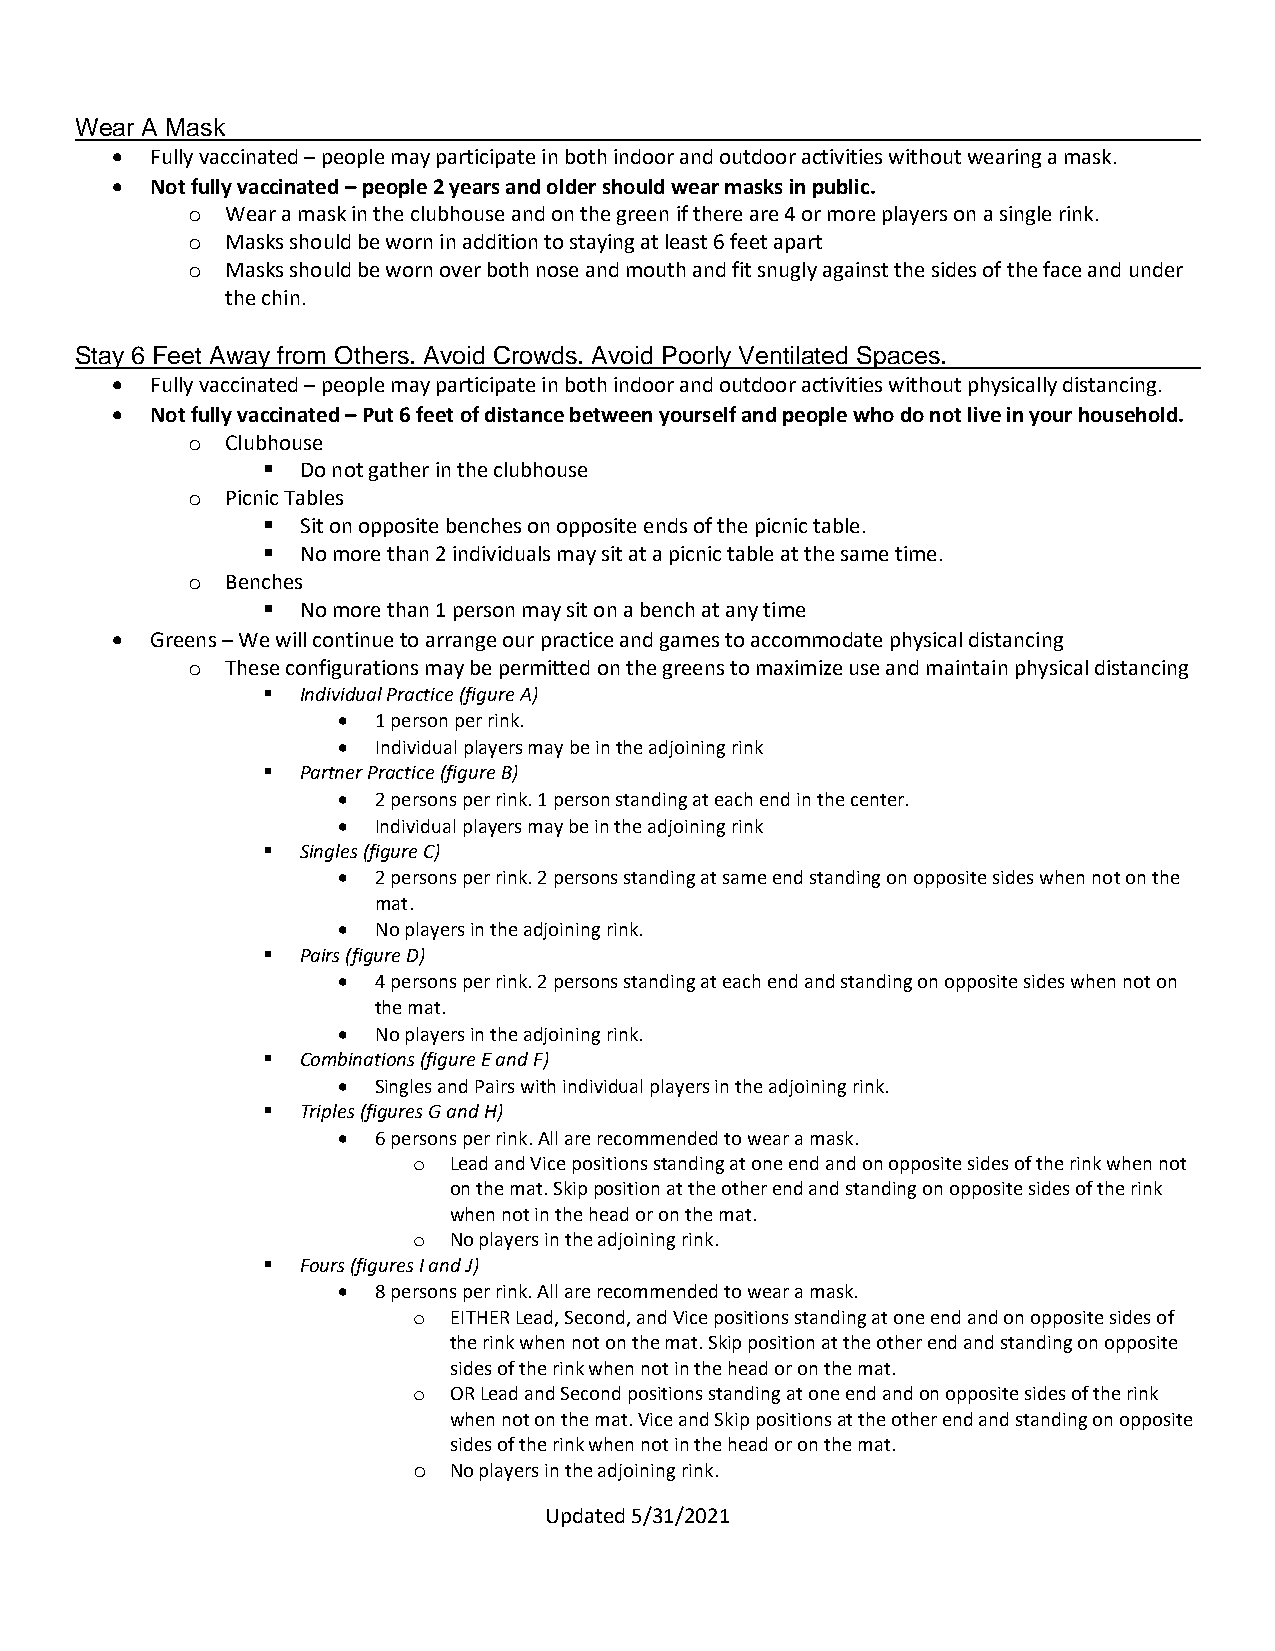
Wear A Mask
 •  Fully vaccinated – people may participate in both indoor and outdoor activities without wearing a mask.
 •  Not fully vaccinated – people 2 years and older should wear masks in public.
 o  Wear a mask in the clubhouse and on the green if there are 4 or more players on a single rink.
 o  Masks should be worn in addition to staying at least 6 feet apart
 o  Masks should be worn over both nose and mouth and fit snugly against the sides of the face and under
 the chin.
 Stay 6 Feet Away from Others. Avoid Crowds. Avoid Poorly Ventilated Spaces.
 •  Fully vaccinated – people may participate in both indoor and outdoor activities without physically distancing.
 •  Not fully vaccinated – Put 6 feet of distance between yourself and people who do not live in your household.
 o  Clubhouse
 ▪  Do not gather in the clubhouse
 o  Picnic Tables
 ▪  Sit on opposite benches on opposite ends of the picnic table.
 ▪  No more than 2 individuals may sit at a picnic table at the same time.
 o  Benches
 ▪  No more than 1 person may sit on a bench at any time
 •  Greens – We will continue to arrange our practice and games to accommodate physical distancing
 o  These configurations may be permitted on the greens to maximize use and maintain physical distancing
 ▪  Individual Practice (figure A)
 •  1 person per rink.
 •  Individual players may be in the adjoining rink
 ▪  Partner Practice (figure B)
 •  2 persons per rink. 1 person standing at each end in the center.
 •  Individual players may be in the adjoining rink
 ▪  Singles (figure C)
 •  2 persons per rink. 2 persons standing at same end standing on opposite sides when not on the
 mat.
 •  No players in the adjoining rink.
 ▪  Pairs (figure D)
 •  4 persons per rink. 2 persons standing at each end and standing on opposite sides when not on
 the mat.
 •  No players in the adjoining rink.
 ▪  Combinations (figure E and F)
 •  Singles and Pairs with individual players in the adjoining rink.
 ▪  Triples (figures G and H)
 •  6 persons per rink. All are recommended to wear a mask.
 o  Lead and Vice positions standing at one end and on opposite sides of the rink when not
 on the mat. Skip position at the other end and standing on opposite sides of the rink
 when not in the head or on the mat.
 o  No players in the adjoining rink.
 ▪  Fours (figures I and J)
 •  8 persons per rink. All are recommended to wear a mask.
 o  EITHER Lead, Second, and Vice positions standing at one end and on opposite sides of
 the rink when not on the mat. Skip position at the other end and standing on opposite
 sides of the rink when not in the head or on the mat.
 o  OR Lead and Second positions standing at one end and on opposite sides of the rink
 when not on the mat. Vice and Skip positions at the other end and standing on opposite
 sides of the rink when not in the head or on the mat.
 o  No players in the adjoining rink.
 Updated 5/31/2021